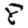
Digit: 8